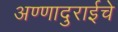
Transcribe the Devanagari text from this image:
अण्णादुराईचे